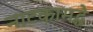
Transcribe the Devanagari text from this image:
नाटकामद्धे